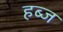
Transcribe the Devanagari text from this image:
हब्ज